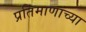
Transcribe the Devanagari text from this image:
प्रतिमाणांच्या